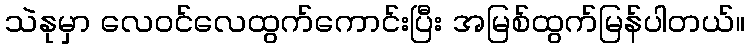
သဲနုမှာ လေဝင်လေထွက်ကောင်းပြီး အမြစ်ထွက်မြန်ပါတယ်။